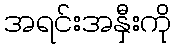
အရင်းအနှီးကို